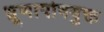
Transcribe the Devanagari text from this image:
भ्रूणापोषयुक्त